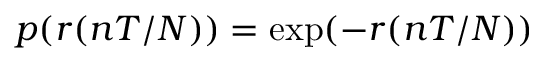
p ( r ( n T / N ) ) = \exp ( - r ( n T / N ) )